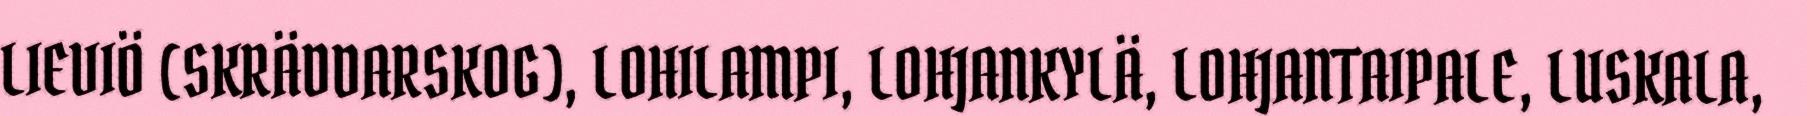
LIEVIÖ (SKRÄDDARSKOG), LOHILAMPI, LOHJANKYLÄ, LOHJANTAIPALE, LUSKALA,